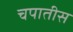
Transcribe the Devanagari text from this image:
चपातीस